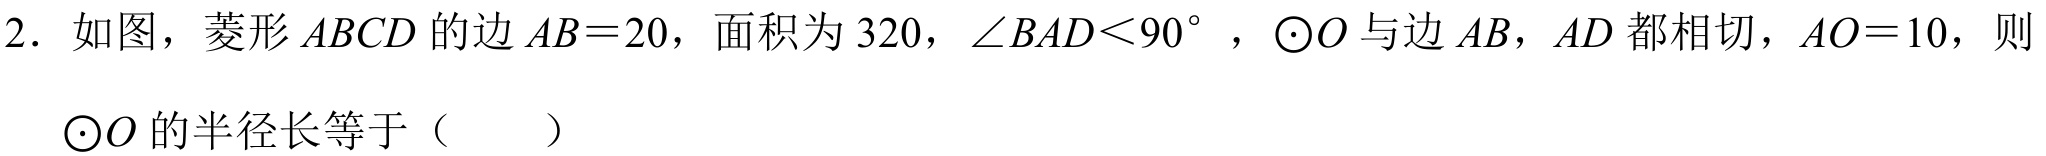
2. 如图，菱形\(ABCD\)的边\(AB = 20\)，面积为\(320\)，\(\angle BAD<90^{\circ}\)，\(\odot O\)与边\(AB\)，\(AD\)都相切，\(AO = 10\)，则\(\odot O\)的半径长等于（  ）